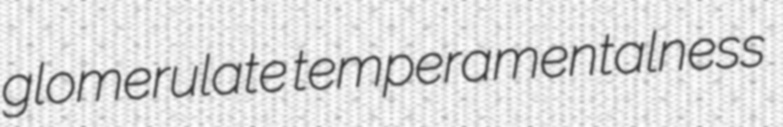
glomerulate temperamentalness